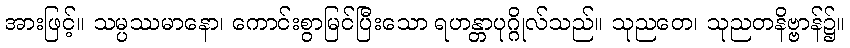
အားဖြင့်။ သမ္ပဿမာနော၊ ကောင်းစွာမြင်ပြီးသော ရဟန္တာပုဂ္ဂိုလ်သည်။ သုညတေ၊ သုညတနိဗ္ဗာန်၌။